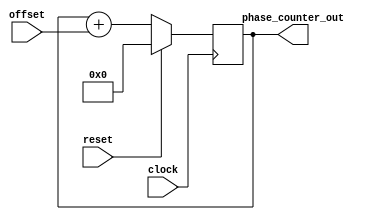
module phase_counter(clock, reset, offset, phase_counter_out);
	input clock;
	input reset;
	input [3:0]offset;
	output reg [7:0] phase_counter_out;
	
	always @ (posedge clock) begin
		if (reset) begin
			phase_counter_out <= 0;
			end
		else begin
			phase_counter_out <= phase_counter_out + offset;
		end
		end

endmodule